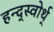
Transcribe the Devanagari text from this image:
हन्द्स्वोर्थ्